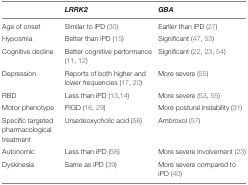
<table><thead><tr><td></td><td><b><i>LRRK2</i></b></td><td><b><i>GBA</i></b></td></tr></thead><tbody><tr><td>Age of onset</td><td>Similar to iPD (30)</td><td>Earlier than iPD (27)</td></tr><tr><td>Hyposmia</td><td>Better than iPD (15)</td><td>Significant (47, 53)</td></tr><tr><td>Cognitive decline</td><td>Better cognitive performance (11, 12)</td><td>Significant (22, 23, 54)</td></tr><tr><td>Depression</td><td>Reports of both higher and lower frequencies (17, 20)</td><td>More severe (55)</td></tr><tr><td>RBD</td><td>Less than iPD (13, 14)</td><td>More severe (53, 55)</td></tr><tr><td>Motor phenotype</td><td>PIGD (16, 29)</td><td>More postural instability (31)</td></tr><tr><td>Specific targeted pharmacological treatment</td><td>Ursedeoxycholic acid (56)</td><td>Ambroxol (57)</td></tr><tr><td>Autonomic</td><td>Less than iPD (58)</td><td>More severe involvement (23)</td></tr><tr><td>Dyskinesia</td><td>Same as iPD (39)</td><td>More severe compared to iPD (40)</td></tr></tbody></table>